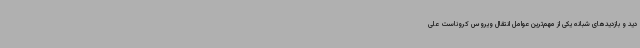
دید و بازدیدهای شبانه یکی از مهم‌ترین عوامل انتقال ویروس کروناست علی